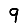
Digit: 9